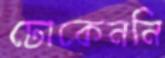
ঢোকেননি